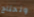
ونحتاج